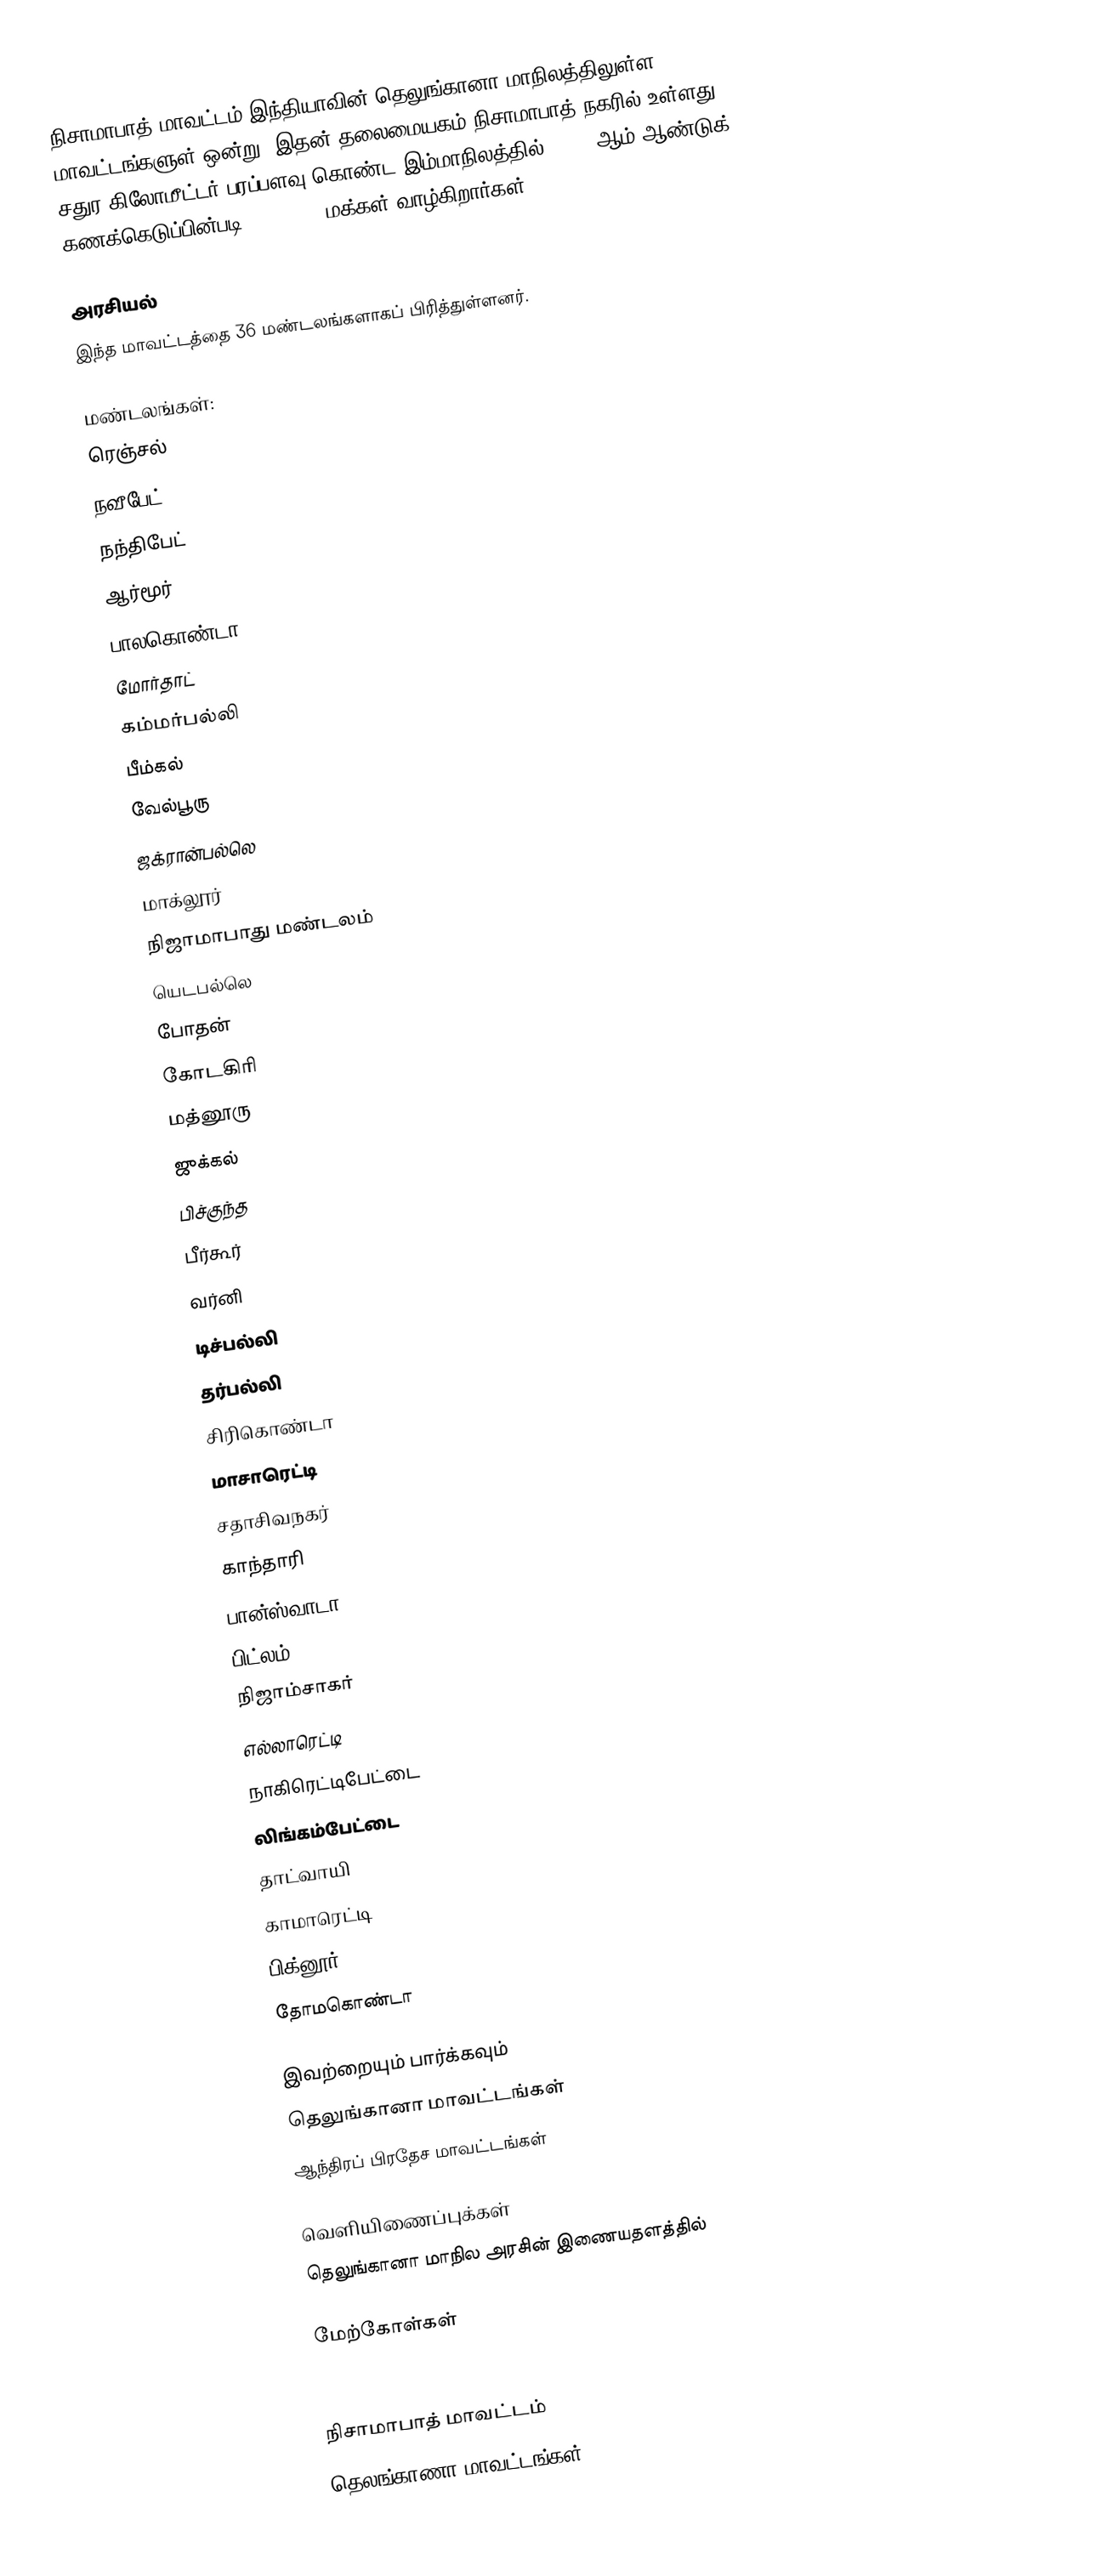
நிசாமாபாத் மாவட்டம் இந்தியாவின் தெலுங்கானா மாநிலத்திலுள்ள 33 மாவட்டங்களுள் ஒன்று. இதன் தலைமையகம் நிசாமாபாத் நகரில் உள்ளது. 7,956 சதுர கிலோமீட்டர் பரப்பளவு கொண்ட இம்மாநிலத்தில், 2001 ஆம் ஆண்டுக் கணக்கெடுப்பின்படி 2,345,685 மக்கள் வாழ்கிறார்கள்.

அரசியல்
இந்த மாவட்டத்தை 36 மண்டலங்களாகப் பிரித்துள்ளனர்.

மண்டலங்கள்:
 ரெஞ்சல்
 நவீபேட்
 நந்திபேட்
 ஆர்மூர்
 பாலகொண்டா
 மோர்தாட்
 கம்மர்‌பல்லி
 பீம்‌கல்
 வேல்பூரு
 ஜக்ரான்‌பல்லெ
 மாக்லூர்
 நிஜாமாபாது மண்டலம்
 யெடபல்லெ
 போதன்
 கோடகிரி
 மத்னூரு
 ஜுக்கல்
 பிச்‌குந்த
 பீர்கூர்
 வர்னி
 டிச்‌பல்லி
 தர்‌பல்லி
 சிரிகொண்டா
 மாசாரெட்டி
 சதாசிவநகர்
  காந்தாரி
 பான்ஸ்‌வாடா
 பிட்லம்
 நிஜாம்சாகர்
 எல்லாரெட்டி
 நாகிரெட்டிபேட்டை
 லிங்கம்பேட்டை
 தாட்வாயி
 காமாரெட்டி
 பிக்னூர்
 தோமகொண்டா

இவற்றையும் பார்க்கவும்
 தெலுங்கானா மாவட்டங்கள்
 ஆந்திரப் பிரதேச மாவட்டங்கள்

வெளியிணைப்புக்கள்
 தெலுங்கானா மாநில அரசின் இணையதளத்தில்

மேற்கோள்கள்

நிசாமாபாத் மாவட்டம்
தெலங்காணா மாவட்டங்கள்